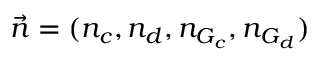
\vec { n } = ( n _ { c } , n _ { d } , n _ { G _ { c } } , n _ { G _ { d } } )